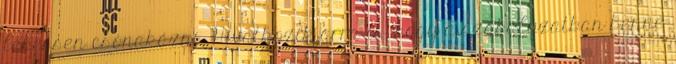
lehessen csónakázni. Hivatkozik arra is, hogy a szabályzatban benne